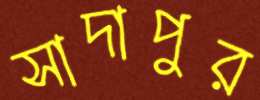
সাদাপুর